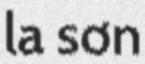
la sơn